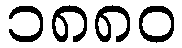
၁၈၈၀